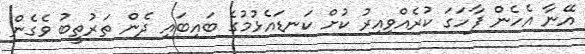
އޭނާ އެހެން ފާހަގަ ކުރެއްވިއިރު ކުށް ކަނޑައެޅުމުގެ ބައިބައި ދެން ތަރުތީބު ވެގެން